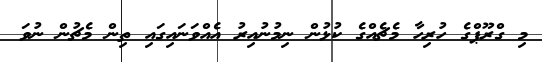
މި ގްރޫޕްގެ ހުރިހާ މެޗެއްގެ ކުޅުން ނިމުނުއިރު އެއްވަނައިގައި ތިން މެޗުން ނުވަ